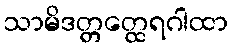
သာမိဒတ္တတ္ထေရဂါထာ